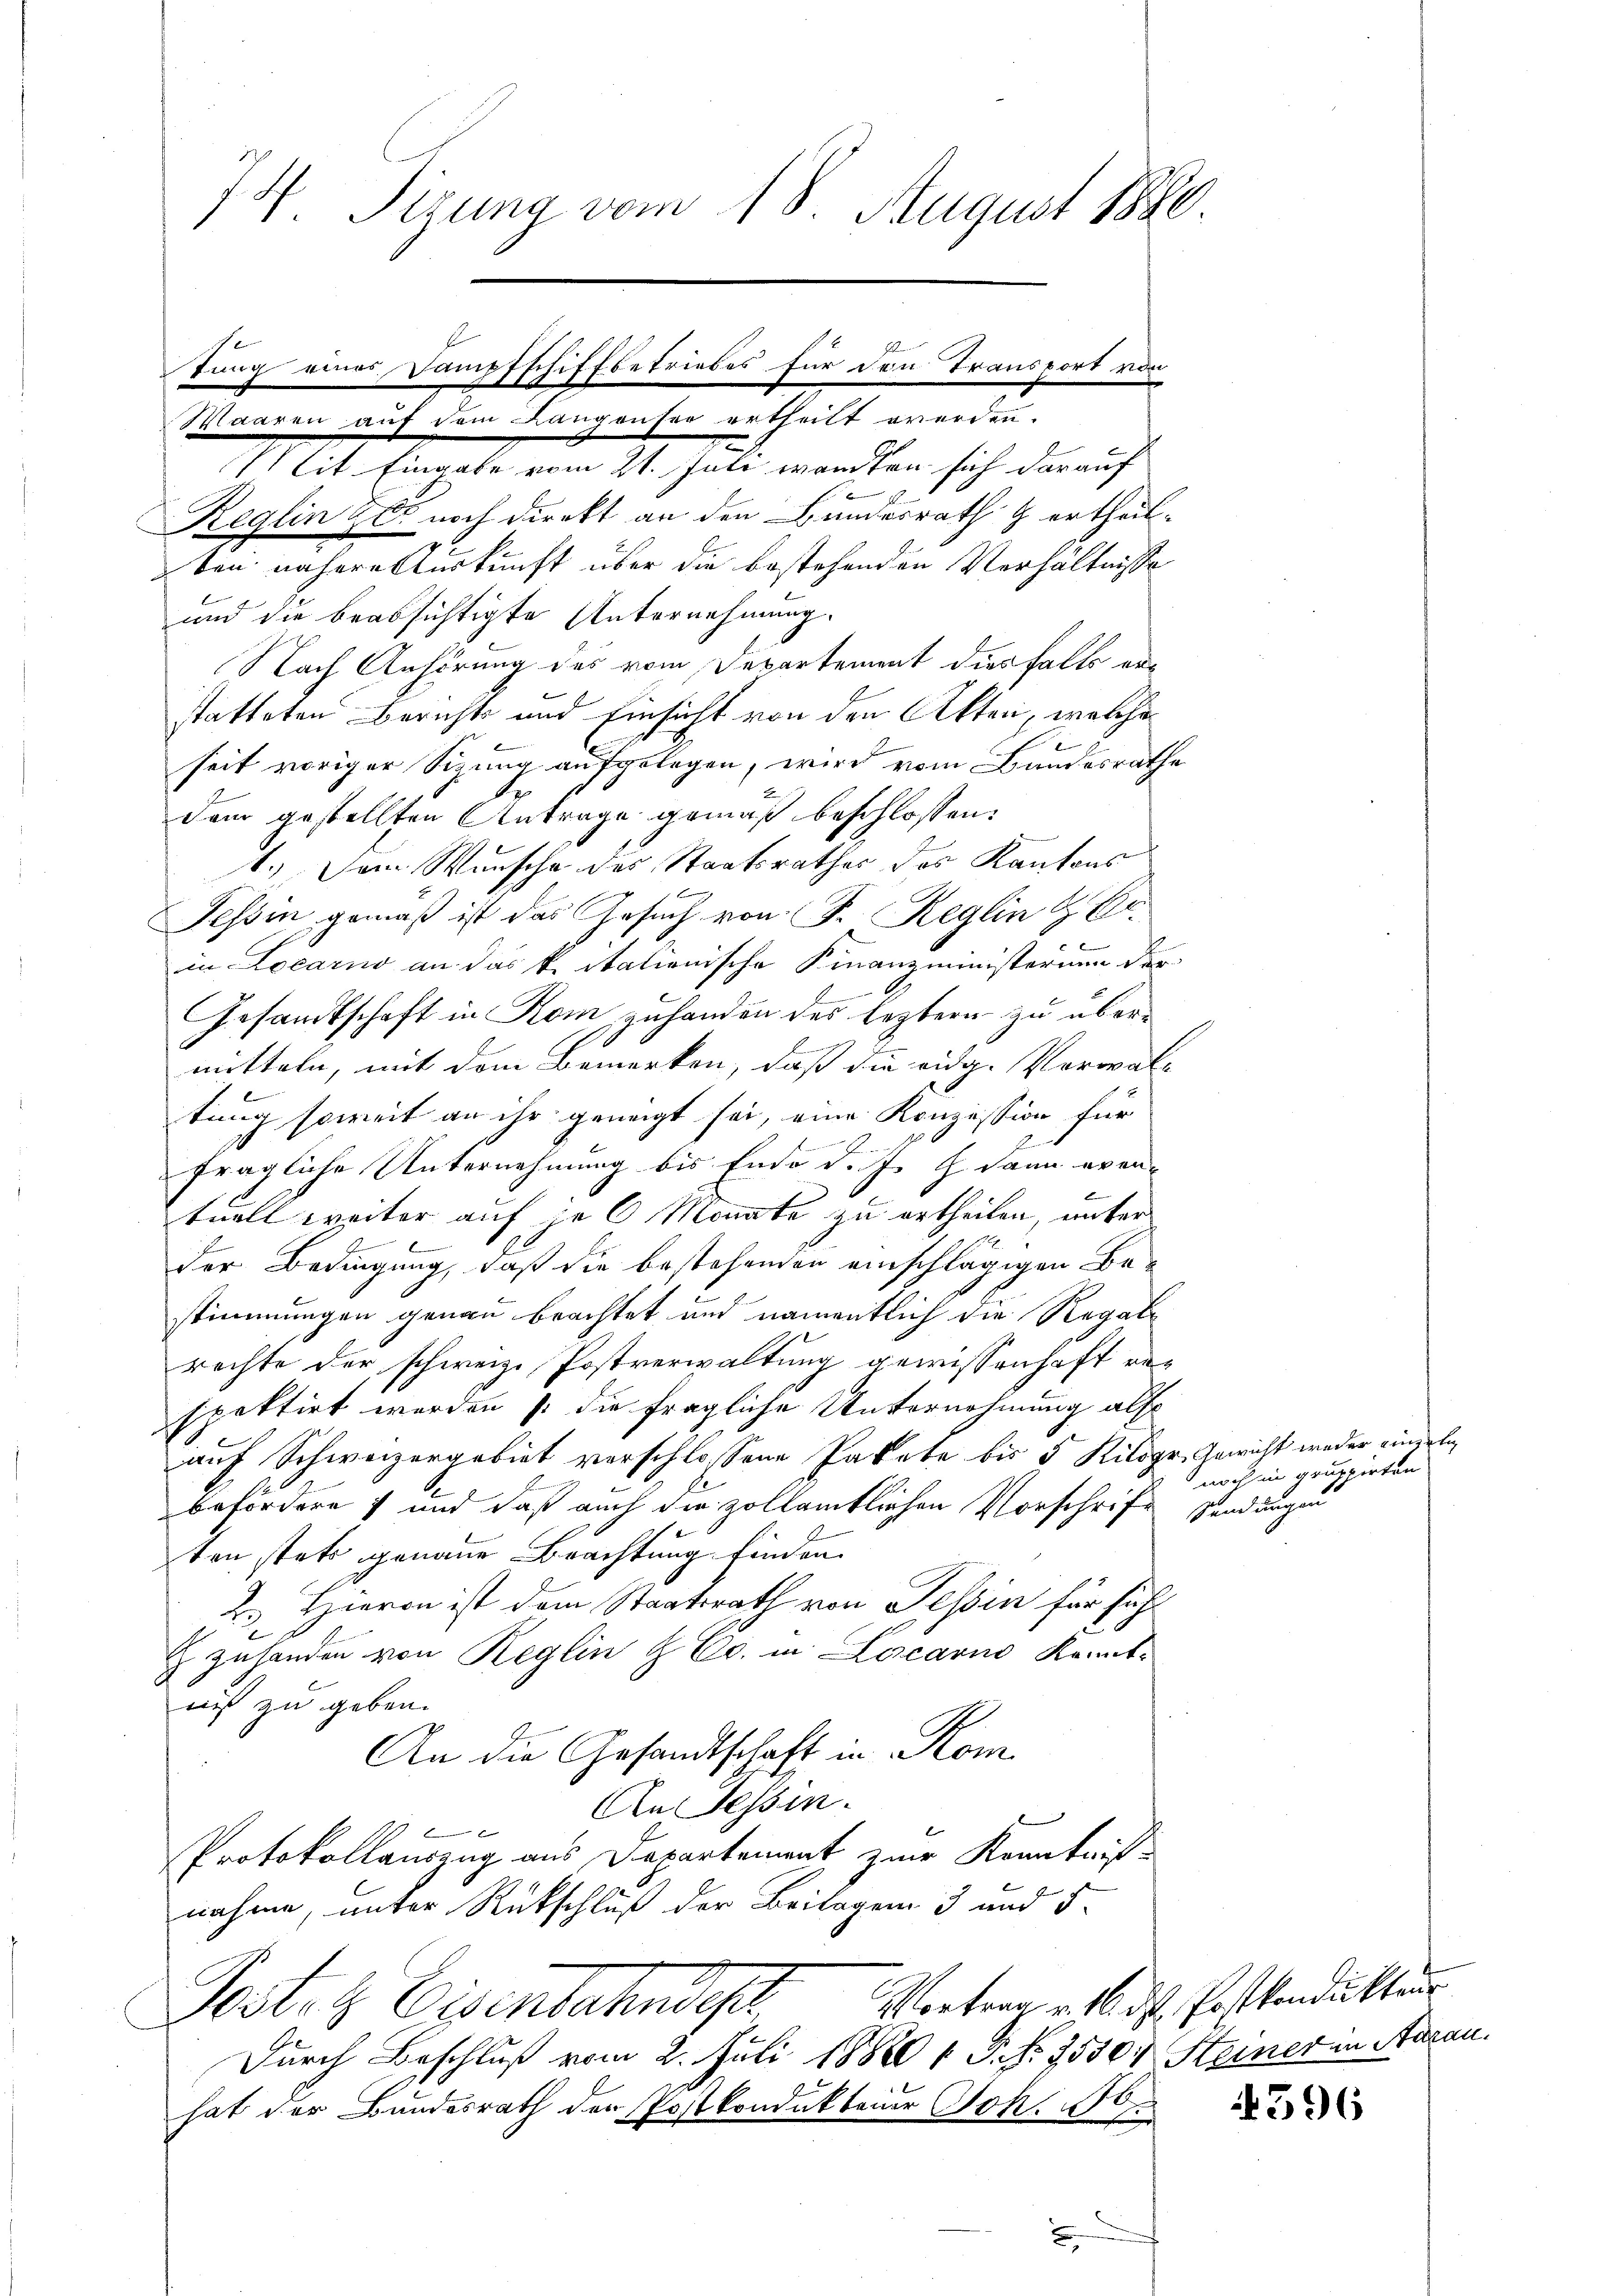
74. Sizung vom 18. August 1890.

tung eines Dampfschiffbetriebes für den Transport vo
Waaren auf dem Langenter ertheilt werden.

2
Mit Eingabe vom 21. Juli wandten sich darauf
Reglin zur noch direkt an den Bundesrath & ertheilben nähere Auskunft über die bestehenden Verhältnisse
und die beabsichtigte Unternehmung.
Nach Anhörung des vom Departement dies falls erstatteten Berichts und Einsicht von den Akten, welche
seit voriger Sizung aufgelegen, wird vom Bandesrathe
dem gestellten Antrage gemäß beschlossen:
1.) Dem Wunsche des Staatsrathes des Kantons
Tessin, gemäß ist das Gesuch von Fr. Reglin & Er¬

in Locarno an das k. italienische Finanzministernen der
u
Gesandtschaft in Rom zuhanden des leztern zu übern
mitteln, mit dem Bemerken, daß die eidg. Vorwal-
tung soweit an ihr geneigt sei, eine Konzession für
2
fragliche Unternehmung bis Ende d. J. dann eventuell weiter auf je 6 Monate zu ertheilen, unter
der Bedingung, daß die bestehenden einschlägigen Be-
stimmungen genau beachtet und namentlich die Regale
rechte der schweiz. Postverwaltung gewissenhaft respektirt werden /: die fragliche Unternehmung als
auf Schweizergebiet verschlossene Pakete bis 5 Kilogr. Gewicht weder einzeln
t
befördere und daß auch die zollämtlichen Vorschrift sendungen
ten stets genaue Beachtung finden.
2. Hieron ist dem Staatsrath von Tessin für sich
 zuhanden von Reglin & Co. in Locarno komit-
niß zu geben.
An die Gesandtschaft in Kom
An Tessin.
 x
Protokollauszug aus Departement zur Kenntnis-
nahme, unter Rückschluß der Beilagen 3 und 5.
Postolz Eisenbahndest Wortern v. dh. Pestandelten
Durch Beschluß vom 2. Juli 18820  3. No. 3550. Heiner in Aarau
hat der Bundesrath der Postkondukteur Joh. 10.

2

in gruppirten

596